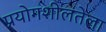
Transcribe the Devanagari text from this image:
प्रयोगशीलतेला